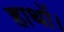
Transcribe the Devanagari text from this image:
हाथों।